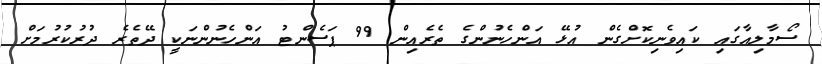
ސޯމާލިއާގައި ކައިވެނިކޮށްގެން އުޅޭ އަންހެނުންގެ ތެރެއިން 99 ޕަސެންޓު އަންހެނުންނަކީ ދޭތެރެ ދުރުކުރުމަށް